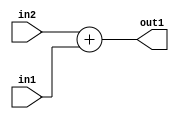
`timescale 1ps / 1ps
/*****************************************************************************
    Verilog RTL Description
    
    
    Created by: Stratus DpOpt 2019.1.01 
*******************************************************************************/

module SobelFilter_Add_9Ux2U_10U_4 (
	in2,
	in1,
	out1
	); /* architecture "behavioural" */ 
input [8:0] in2;
input [1:0] in1;
output [9:0] out1;
wire [9:0] asc001;

assign asc001 = 
	+(in2)
	+(in1);

assign out1 = asc001;
endmodule

/* CADENCE  urn3TQ8= : u9/ySgnWtBlWxVPRXgAZ4Og= ** DO NOT EDIT THIS LINE ******/